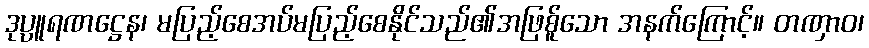
ဒုပ္ပူရဏဋ္ဌေန၊ မပြည့်စေအပ်မပြည့်စေနိုင်သည်၏အဖြစ်ူသော အနက်ကြောင့်။ တဏှာဝ၊